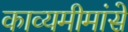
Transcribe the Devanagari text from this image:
काव्यमीमांसे